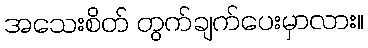
အသေးစိတ် တွက်ချက်ပေးမှာလား။